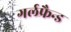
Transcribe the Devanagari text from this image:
गर्लफ्रैन्ड